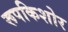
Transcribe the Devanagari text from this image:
रूपकिशोर